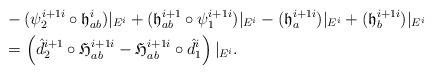
LaTeX: \begin{align*}\aligned&-(\psi_2^{i+1 i} \circ \frak h_{ab}^i )\vert_{E^i}+ (\frak h_{ab}^{i+1} \circ \psi_1^{i+1 i})\vert_{E^i}- (\frak h_{a}^{i+1 i})\vert_{E^i} + (\frak h_{b}^{i+1 i})\vert_{E^i}\\&=\left(\hat d_{2}^{i+1} \circ \frak H_{ab}^{i+1 i}-\frak H_{ab}^{i+1 i} \circ \hat d_{1}^{i} \right)\vert_{E^i}.\endaligned\end{align*}